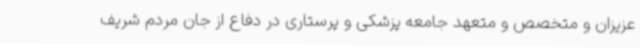
عزیزان و متخصص و متعهد جامعه پزشکی و پرستاری در دفاع از جان مردم شریف